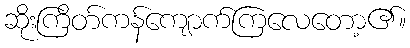
ဆိုးကြိတ်ကန်ကျောက်ကြလေတော့၏။